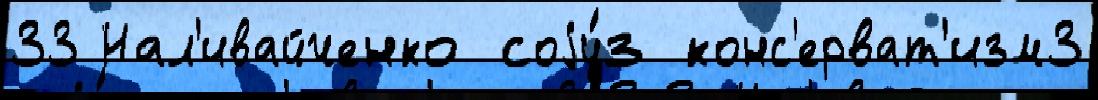
33 Нал'ивайченко соjу́з конс'ерват'изм3